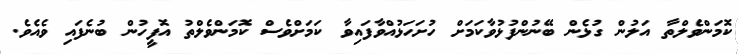
ކޮމަންވެލްތާ އަލުން ގުޅެން ބޭނުންފުޅުވާކަމަށް ހުށަހަޅުއްވާފައިވާ ކަމަށްވެސް ކޮމަންވެލްތު އޮފީހުން ބުނެފައި ވެއެވެ.